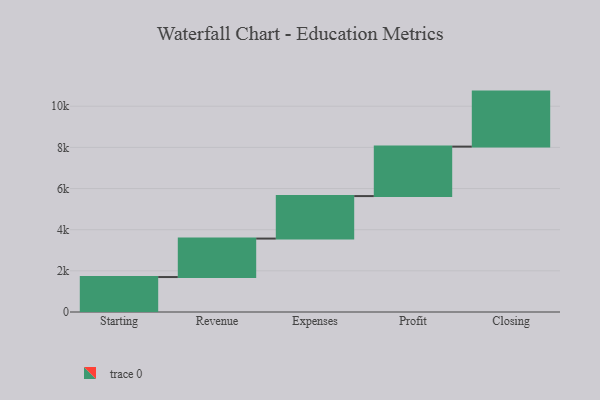
{"axis": {"x": "Step", "y": "Value"}, "legend": [""], "data": [{"x": "Starting", "y": 1699.0, "type": ""}, {"x": "Revenue", "y": 1869.0, "type": ""}, {"x": "Expenses", "y": 2065.0, "type": ""}, {"x": "Profit", "y": 2404.0, "type": ""}, {"x": "Closing", "y": 2673.0, "type": ""}]}